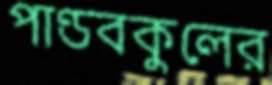
পাণ্ডবকুলের